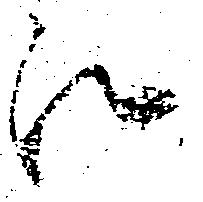
江